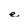
Character: e